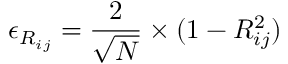
\epsilon _ { R _ { i j } } = \frac { 2 } { \sqrt { N } } \times ( 1 - R _ { i j } ^ { 2 } )